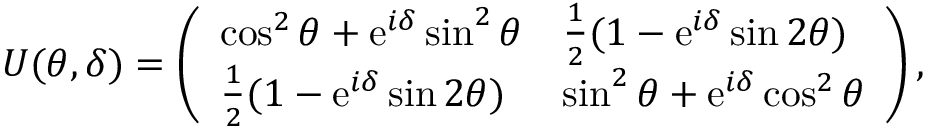
U ( \theta , \delta ) = \left( \begin{array} { l l } { \cos ^ { 2 } { \theta } + \mathrm { e } ^ { i \delta } \sin ^ { 2 } { \theta } } & { \frac { 1 } { 2 } ( 1 - \mathrm { e } ^ { i \delta } \sin { 2 \theta } ) } \\ { \frac { 1 } { 2 } ( 1 - \mathrm { e } ^ { i \delta } \sin { 2 \theta } ) } & { \sin ^ { 2 } { \theta } + \mathrm { e } ^ { i \delta } \cos ^ { 2 } { \theta } } \end{array} \right) ,